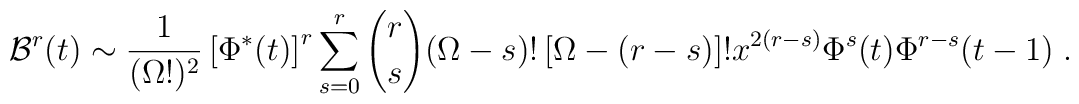
{\cal B}^r(t)\sim \frac{1}{(\Omega!)^2} \left[\Phi^*(t)\right]^r\sum_{s=0}^r {r\choose s}(\Omega-s)! \left[\Omega-(r-s)\right]! x^{2(r-s)} \Phi^s(t) \Phi^{r-s}(t-1) \;.